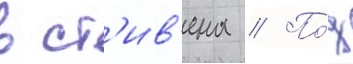
в ст'ив'ена // По́д